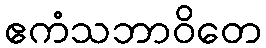
ဧကံသဘာဝိတေ